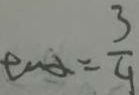
\tan \alpha = \frac { 3 } { 9 }